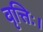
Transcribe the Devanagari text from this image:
वृत्तिः।